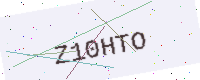
Text: Z10HTO